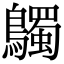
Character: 𪇆